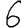
Digit: 6